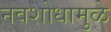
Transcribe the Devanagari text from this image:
नवशोधामुळे